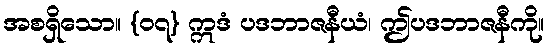
အစရှိသော။ {၀၇} ဣဒံ ပဒဘာဇနီယံ၊ ဤပဒဘာဇနီကို။